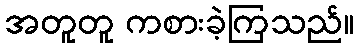
အတူတူ ကစားခဲ့ကြသည်။